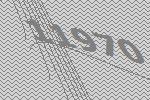
11970